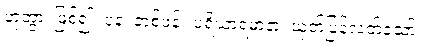
ဟုတွာ၊ ဖြစ်၍။ ပုန၊ တစ်ဖန်။ ပရိယာရမာနာ၊ ယုတ်ပြန်လတ်သော်။